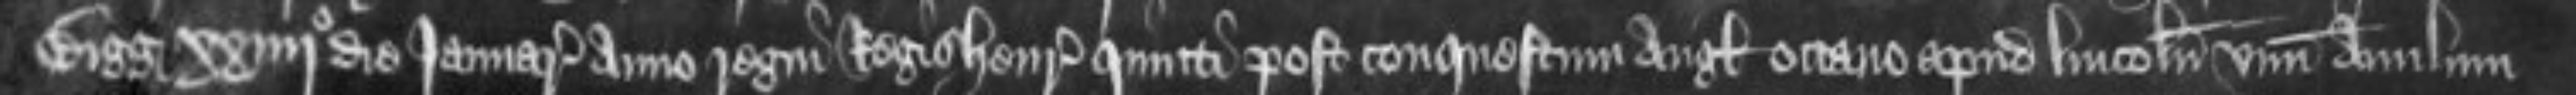
Bigg xxiiijo die Januarii anno regni Regis Henrici quinti post conquestum Anglie octavo apud Lincolniam unum anulum